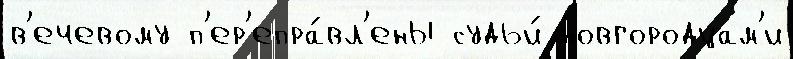
в'ечевому п'ер'епра́вл'ены судьи́ новгородцам'и